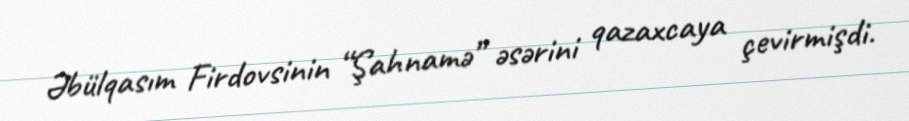
Əbülqasım Firdovsinin “Şahnamə” əsərini qazaxcaya çevirmişdi.